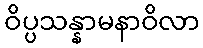
ဝိပ္ပသန္နာမနာဝိလာ